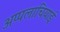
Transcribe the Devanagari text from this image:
अप्पलाचियाई